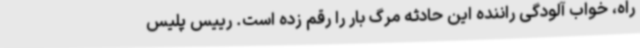
راه، خواب آلودگی راننده این حادثه مرگ بار را رقم زده است. رییس پلیس